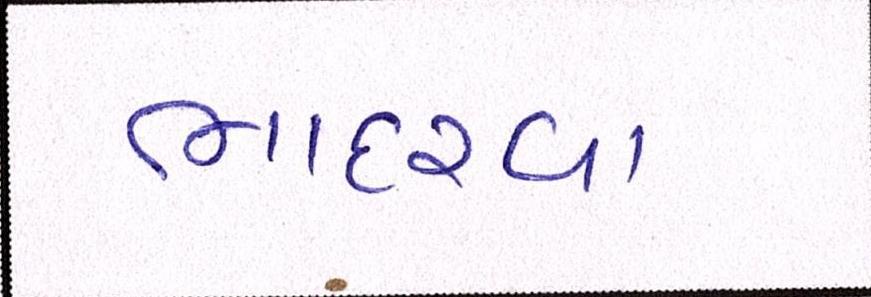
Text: ભાદરવા